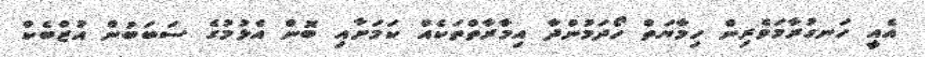
އެއީ ހަނގުރާމަވެރިން ހިމާޔަތް ހޯދަމުންދާ އިމާރާތްތަކެއް ކަމަށާއި ބޮން އެޅުމުގެ ސަބަބުން އުޒްބެކް